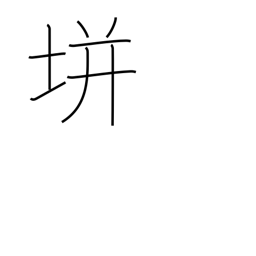
Meaning: used in proper names